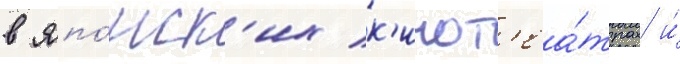
в япо́нск'их к'инот'еа́трах и́